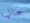
حاليا